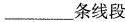
___条线段